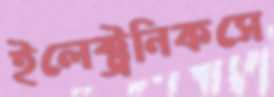
ইলেক্ট্রনিকসে